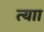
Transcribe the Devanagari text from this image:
त्याा